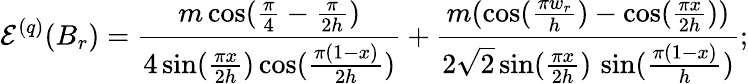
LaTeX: \mathcal{E}^{(q)}(B_{r})=\frac{m\cos(\frac{\pi}{4}-\frac{\pi}{2h})}{4\sin(\frac{\pi x}{2h})\cos(\frac{\pi(1-x)}{2h})}+\frac{m(\cos(\frac{\pi w_{r}}{h})-\cos(\frac{\pi x}{2h}))}{2\sqrt{2}\sin(\frac{\pi x}{2h})\, \sin(\frac{\pi(1-x)}{h})};